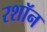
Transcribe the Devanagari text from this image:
रशॉन